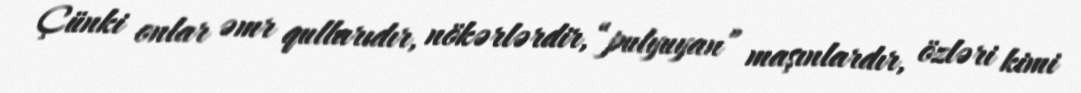
Çünki onlar əmr qullarıdır, nökərlərdir, “pulyuyan” maşınlardır, özləri kimi